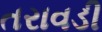
તરાવડી